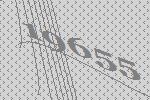
19655